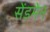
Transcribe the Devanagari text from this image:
सेंडमेन